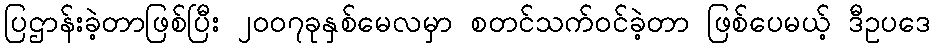
ပြဌာန်းခဲ့တာဖြစ်ပြီး ၂၀၀၇ခုနှစ်မေလမှာ စတင်သက်ဝင်ခဲ့တာ ဖြစ်ပေမယ့် ဒီဥပဒေ